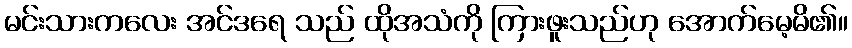
မင်းသားကလေး အင်ဒရေ သည် ထိုအသံကို ကြားဖူးသည်ဟု အောက်မေ့မိ၏။